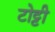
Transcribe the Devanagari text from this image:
टोट्टी